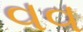
વવ